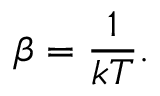
\beta = { \frac { 1 } { k T } } .